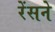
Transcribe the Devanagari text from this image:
रेंसने